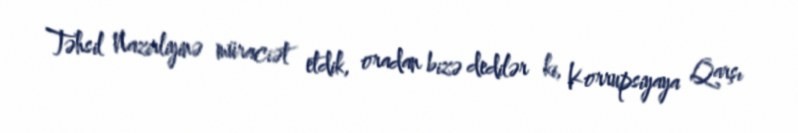
Təhsil Nazirliyinə müraciət etdik, oradan bizə dedilər ki, Korrupsiyaya Qarşı